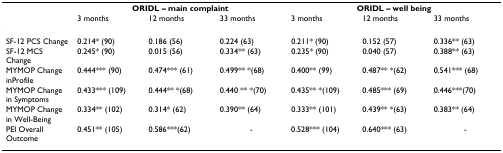
|  | <COLSPAN=3> ORIDL – main complaint | <COLSPAN=3> ORIDL – well being |
 |  | 3 months | 12 months | 33 months | 3 months | 12 months | 33 months |
 | --- | --- | --- | --- | --- | --- | --- |
 | SF-12 PCS Change | 0.214* (90) | 0.186 (56) | 0.224 (63) | 0.211* (90) | 0.152 (57) | 0.336** (63) |
 | SF-12 MCS Change | 0.245* (90) | 0.015 (56) | 0.334** (63) | 0.235* (90) | 0.040 (57) | 0.388** (63) |
 | MYMOP Change inProfile | 0.444*** (90) | 0.474*** (61) | 0.499** *(68) | 0.400** (99) | 0.487** *(62) | 0.541*** (68) |
 | MYMOP Change in Symptoms | 0.433*** (109) | 0.444** *(68) | 0.440 ** *(70) | 0.435** *(109) | 0.485*** (69) | 0.446***(70) |
 | MYMOP Change in Well-Being | 0.334** (102) | 0.314* (62) | 0.390** (64) | 0.333** (101) | 0.439** *(63) | 0.383** (64) |
 | PEI Overall Outcome | 0.451** (105) | 0.586***(62) | - | 0.528*** (104) | 0.640*** (63) | - |